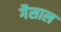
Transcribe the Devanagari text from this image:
गैसाल